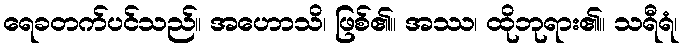
ရေခတက်ပင်သည်။ အဟောသိ၊ ဖြစ်၏။ အဿ၊ ထိုဘုရား၏။ သရီရံ၊